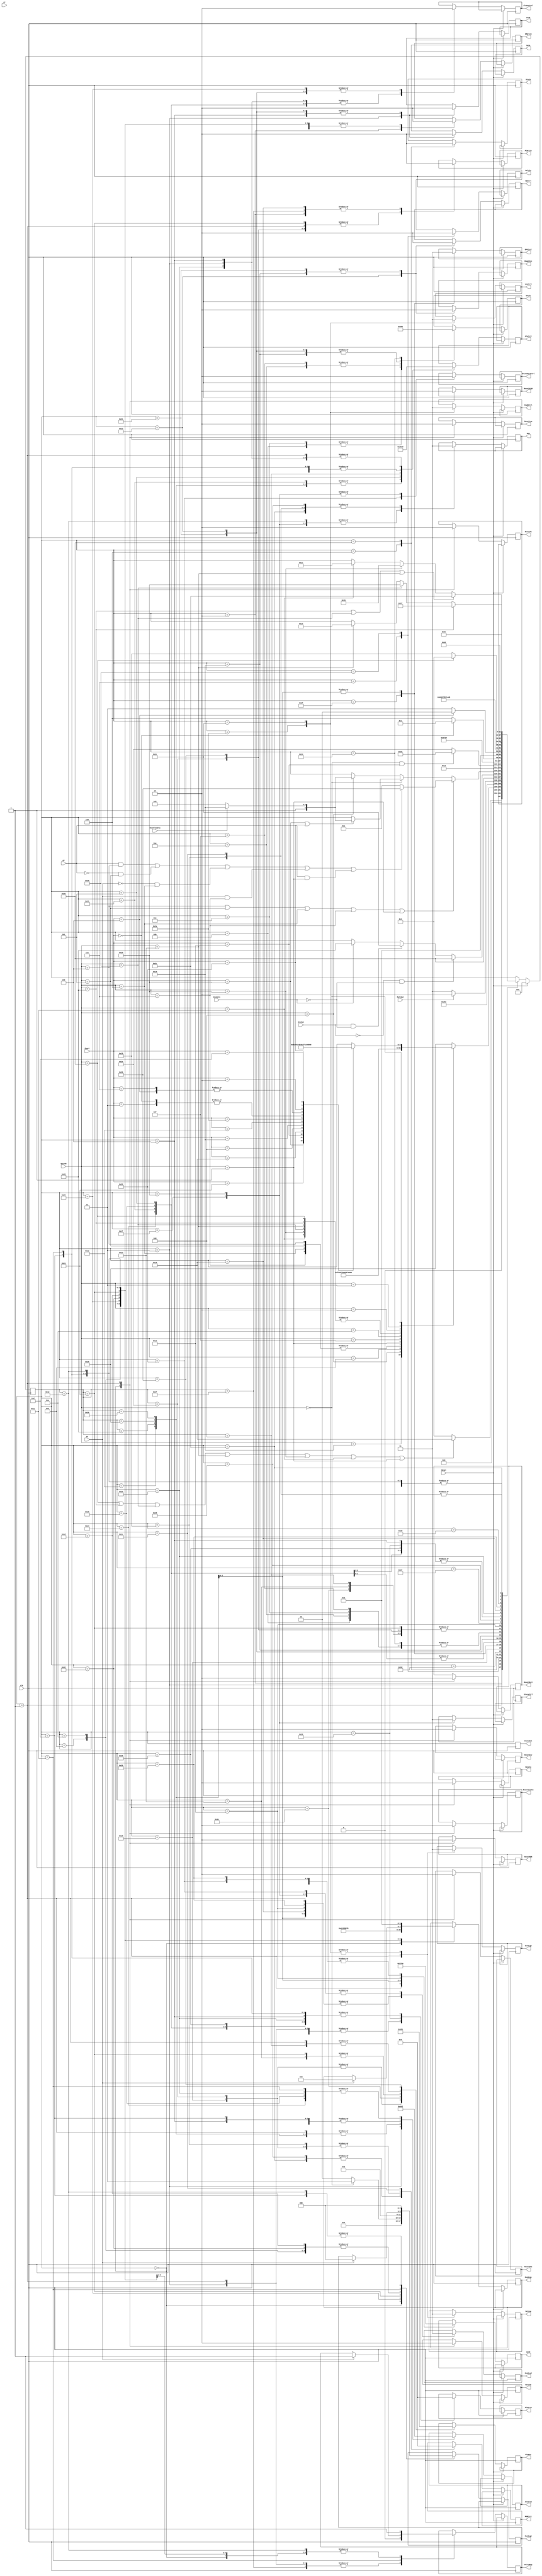
module Controle (clk, Reset, Opcode, Funct, PCWrite, IorD, StoreCtrl, WriteDataCtrl, MemRead, 
					MDRCtrl, IRWrite, MDR, MuxReg1, MuxReg2, RDCtrl, ShamtSrc, WriteReg, Shift,
					AluSrcA, AluSrcB, OverflowUla, ET, GT, LT, MultIn, MultOut, DivIn, DivOut, DivZero,
					BigMux, HighCtrl, LowCtrl, AluCtrl, AluOutCtrl, EPCCtrl, ResetPC, ResetMDR, SetA, ResetA, SetB,
					ResetB, SetHigh, ResetHigh, SetLow, ResetLow, ResetAluOut, ResetEPC, StateOut, ResetMult, ResetDiv);
					
		// sinais de entrada
		
	input clk;	
	input Reset;
	input [5:0] Opcode;
	input [5:0] Funct;
	input DivOut;
	input MultOut;
	input OverflowUla;
	input DivZero;
	input GT;
	input LT;
	input ET;
	
		//Sada auxiliar (temporaria)
	output reg [5:0] StateOut;
	
		//sinais de sada
	output reg PCWrite;
	output reg StoreCtrl;
	output reg [2:0] IorD;
	output reg WriteDataCtrl;
	output reg MemRead;
	output reg IRWrite;
	output reg [1:0] MDRCtrl;
	output reg MDR;
	output reg [2:0] MuxReg2;
	output reg [3:0] MuxReg1;
	output reg RDCtrl;
	output reg ShamtSrc;
	output reg [2:0] Shift;
	output reg WriteReg;
	output reg [1:0] AluSrcA;
	output reg [2:0] AluSrcB;
	output reg [2:0] AluCtrl;
	output reg DivIn;
	output reg MultIn;
	output reg HighCtrl;
	output reg LowCtrl;
	output reg AluOutCtrl;
	output reg EPCCtrl;
	output reg ResetPC;
	output reg ResetMDR;
	output reg SetA;
	output reg ResetA;
	output reg SetB;
	output reg ResetB;
	output reg SetHigh;
	output reg ResetHigh;
	output reg SetLow;
	output reg ResetLow;
	output reg ResetAluOut;
	output reg ResetEPC;
	output reg [2:0] BigMux;
	output reg ResetMult;
	output reg ResetDiv;
	
	
	
    // varivel interna que armazena o estado
	reg [5:0] state;
	reg contador;
	
	//Escrever no reg

	parameter NOT_LOAD = 1'b0; 
	parameter LOAD = 1'b1;
	parameter CLEAR = 1'b1;
	parameter NOT_CLEAR = 1'b0;
	
	// Ler na mem
	
	parameter READ = 1'b0;
	parameter WRITE = 1'b1;

	//IorD

	parameter IORD_PC = 3'b000;
	parameter IORD_AIMEDIATO = 3'b001;
	parameter IORD_ALUOUT = 3'b010;
	parameter IORD_OPCODEINEXISTENTE = 3'b011;
	parameter IORD_OVERFLOW = 3'b100;
	parameter IORD_DIVZERO = 3'b101;

	//WriteDataCtrl

	parameter WDC_STORE = 1'b0;
	parameter WDC_B = 1'b1;

	//MDRCtrl

	parameter MDRC_WORD = 2'b00;
	parameter MDRC_BYTE = 2'b01;
	parameter MDRC_HALF = 2'b10;

	// MuxReg2

	parameter MR2_RT = 3'b000;
	parameter MR2_31 = 3'b001;
	parameter MR2_29 = 3'b010;
	parameter MR2_RD = 3'b011;
	parameter MR2_30 = 3'b100;

	// MuxReg1

	parameter MR1_ALUOUT = 4'b0000;
	parameter MR1_HIGH = 4'b0001;
	parameter MR1_LOW = 4'b0010;
	parameter MR1_MDR = 4'b0011;
	parameter MR1_277 = 4'b0100;
	parameter MR1_RD = 4'b0101;
	parameter MR1_LT = 4'b0110;
	parameter MR1_PC = 4'b0111;
	parameter MR1_SL16 = 4'b1000;

	// RDCtrl

	parameter RDC_AIMEDIATO = 1'b1;
	parameter RDC_BIMEDIATO = 1'b0;

	// ShamtSrc

	parameter SHAMTSRC_SHAMT = 1'b0;
	parameter SHAMTSRC_BIMEDIATO = 1'b1;

	// AluSrcA

	parameter ALUSRCA_PC = 2'b00;
	parameter ALUSRCA_MDR = 2'b01;
	parameter ALUSRCA_A = 2'b10;

	// AluSrcB

	parameter ALUSRCB_B = 3'b000;
	parameter ALUSRCB_4 = 3'b001;
	parameter ALUSRCB_EXTEND = 3'b010;
	parameter ALUSRCB_SL2 = 3'b011;
	parameter ALUSRCB_RD = 3'b100;

	// HighCtrl

	parameter HIGH_MUL = 1'b0;
	parameter HIGH_DIV = 1'b1;

	// LowCtrl

	parameter LOW_MUL = 1'b0;
	parameter LOW_DIV = 1'b1;

	// BigMux

	parameter BIGMUX_MDRIMEDIATO = 3'b000;
	parameter BIGMUX_ALUOUTIMEDIATO = 3'b001;
	parameter BIGMUX_PC = 3'b010;
	parameter BIGMUX_ALUOUT = 3'b011;
	parameter BIGMUX_SL2 = 3'b100;
	parameter BIGMUX_EPC = 3'b101;
	
	// Store Ctrl
	
	parameter STORE_BYTE = 1'b0;
	parameter STORE_HALF = 1'b1;
	
	
	// Estados
	
	parameter RESET = 0;
	parameter BUSCA = 1;
	parameter WAIT = 2;
	parameter DECODIFICA = 3;
	parameter ADD = 4;
	parameter AND = 5;
	parameter DIV = 6;
	parameter MUL = 7;
	parameter JR = 8;
	parameter MFHI = 9;
	parameter MFLO = 10;
	parameter SLL = 11;
	parameter SLLV = 12;
	parameter SLT = 13;
	parameter SRA = 14;
	parameter SRAV = 15;
	parameter SRL = 16;
	parameter SUB = 17;
	parameter BREAK = 18;
	parameter RET = 19;
	parameter ADDI = 20;
	parameter ADDIU = 21;
	parameter POS_S = 23;
	parameter WAIT_MEM = 24;
	parameter BEQM = 26;
	parameter LB = 27;
	parameter LH = 28;
	parameter LUI = 29;
	parameter LW = 30;
	parameter SB = 31;
	parameter SH  = 32;
	parameter SLTI = 33;
	parameter SW = 34;
	parameter J = 35;
	parameter JAL = 36;
	parameter ARIT_NOT_OVERFLOW_I = 37;
	parameter OPCODE_INEXISTENTE = 38;
	parameter OVERFLOW = 39;
	parameter DIV_ZERO = 40;
	parameter MULT_2 = 41;
	parameter MULT_3 = 42;
	parameter DIV_2 = 43;
	parameter DIV_3 = 44;
	parameter WAIT_2 = 45;
	parameter ESCREVER_PC = 46;
	parameter ESCREVER_PC_DIV = 22;
	parameter WAIT_3 = 47;
	parameter ARIT_OVERFLOW = 48;
	parameter PRE_SLL_SRA = 49;
	parameter PRO_SHIFT = 50;
	parameter PRE_SLLV_SRAV = 51;
	parameter PRO_SRL = 52;
	parameter PRE_BRANCH = 53;
	parameter PRO_BRANCH = 54;
	parameter WAIT_4 = 55;
	parameter BEQM_2 = 56;
	parameter BEQM_3 = 57;
	parameter PRE_LS = 58;
	parameter PRO_LS = 59;
	parameter PRE_SB_SH_LW = 60;
	parameter WAIT_5 = 61;
	parameter RTE = 62;
	parameter STOPPC = 63;
	parameter WRITE_MEM = 64;
	
	
	//ALU
	
	parameter ALU_LOAD = 0;
	parameter ALU_ADD = 1;
	parameter ALU_SUB = 2;
	parameter ALU_AND = 3;
	parameter ALU_INC = 4;
	parameter ALU_NOT = 5;
	parameter ALU_XOR = 6;
	parameter ALU_COMP = 7;
	
		// Opcode:
	
	parameter OP_R = 6'h0;
	parameter OP_ADDI = 6'h8;
	parameter OP_ADDIU = 6'h9;
	parameter OP_BEQ = 6'h4;
	parameter OP_RTE = 6'h10;
	parameter OP_BNE = 6'h5;
	parameter OP_BLE = 6'h6;
	parameter OP_BGT = 6'h7;
	parameter OP_BEQM = 6'h1;
	parameter OP_LB = 6'h20;
	parameter OP_LH = 6'h21;
	parameter OP_LUI = 6'hf;
	parameter OP_LW = 6'h23;
	parameter OP_SB = 6'h28;
	parameter OP_SH = 6'h29;
	parameter OP_SLTI = 6'ha;
	parameter OP_SW = 6'h2b;
	parameter OP_J = 6'h2;
	parameter OP_JAL = 6'h3; 
			
	
	//primeiro estado da mquina de estados: Reset
    initial begin
	     state <= RESET;
	end
	
always @ (negedge clk) begin
	StateOut <= state;
	if (Reset) begin // se forcarem o reset
		state <= RESET;
	end else begin
		case(state)
		
			RESET: begin
			
			ResetPC <= CLEAR;
			ResetMDR <= CLEAR;
			ResetA <= CLEAR;
			ResetB <= CLEAR;
			ResetHigh <= CLEAR;
			ResetLow <= CLEAR;
			ResetAluOut <= CLEAR;
			ResetEPC <= CLEAR;
			ResetDiv <= CLEAR;
			ResetMult <= CLEAR;
			MuxReg2 <= MR2_29;
			MuxReg1 <= MR1_277;
			WriteReg <= LOAD;
			
				// proximo estado
			state <= BUSCA;
			
			end
			
			BUSCA: begin
			
			WriteReg <= NOT_LOAD;
			ResetPC <= NOT_CLEAR;
			ResetMDR <= NOT_CLEAR;
			ResetA <= NOT_CLEAR;
			ResetB <= NOT_CLEAR;
			ResetHigh <= NOT_CLEAR;
			ResetLow <= NOT_CLEAR;
			ResetAluOut <= NOT_CLEAR;
			ResetEPC <= NOT_CLEAR;
			ResetDiv <= NOT_CLEAR;
			ResetMult <= NOT_CLEAR;
			SetHigh <= NOT_LOAD;
			SetLow <= NOT_LOAD;
			
			MemRead <= READ;
			AluSrcA <= ALUSRCA_PC;
			AluSrcB <= ALUSRCB_4;
			AluCtrl <= ALU_ADD;
			BigMux <= BIGMUX_ALUOUTIMEDIATO;
			PCWrite <= LOAD;
			IorD <= IORD_PC;
			
				//proximo estado
			if(Opcode == 43 || Opcode == 40 || Opcode == 41 || Opcode == 35 || Opcode == 32 || Opcode == 33 || Opcode == 1) begin
				state <= WAIT_MEM;
			end else begin
				state <= WAIT;	
			end	
			
			end
			
			WAIT: begin
			
			IRWrite <= LOAD;
			PCWrite <= NOT_LOAD;
			
				// proximo estado
			state <= DECODIFICA;
	
			end
			
			DECODIFICA: begin
			
			IRWrite <= NOT_LOAD;
			AluOutCtrl <= LOAD;
			AluSrcA <= ALUSRCA_PC;
			AluSrcB <= ALUSRCB_SL2;
			WriteReg <= NOT_LOAD;
			AluCtrl <= ALU_ADD;
			SetA <= LOAD;
			SetB <= LOAD;
			
			case(Opcode)
				OP_RTE: begin
					state <= RTE;
				end
			
				OP_ADDI: begin
					state <= ADDI;
				end
				
				OP_ADDIU: begin
					state <= ADDIU;
				end
				
				OP_BEQ: begin
					state <= PRE_BRANCH;
				end
				
				OP_BNE: begin
					state <= PRE_BRANCH;
				end
				
				OP_BLE: begin
					state <= PRE_BRANCH;
				end
				
				OP_BGT: begin
					state <= PRE_BRANCH;
				end
				
				OP_BEQM: begin
					state <= BEQM;
				end
				
				OP_LB: begin
					state <= PRE_LS;
				end
				
				OP_LH: begin
					state <= PRE_LS;
				end
				
				OP_LUI: begin
					state <= LUI;
				end
				
				OP_LW: begin
					state <= PRE_LS;
				end
				
				OP_SB: begin
					state <= PRE_LS;
				end
				
				OP_SH: begin
					state <= PRE_LS;
				end
				
				OP_SLTI: begin
					state <= SLTI;
				end
				
				OP_SW: begin
					state <= PRE_LS;
				end
				
				OP_J: begin
					state <= J;
				end
				
				OP_JAL: begin
					state <= JAL;
				end
				
				OP_R: begin
					case(Funct)
						6'h20: begin
							state <= ADD;
						end
						
						6'h24: begin
							state <= AND;
						end
						
						6'h1a: begin
							state <= DIV;
						end
						
						6'h18: begin
							state <= MUL;
						end
						
						6'h8: begin
							state <= JR;
						end
						
						6'h10: begin
							state <= MFHI;
						end
						
						6'h12: begin
							state <= MFLO;
						end
						
						6'h0: begin
							state <= PRE_SLL_SRA;
						end
						
						6'h4: begin
							state <= PRE_SLLV_SRAV;
						end
						
						6'h2a: begin
							state <= SLT;
						end
						
						6'h3: begin
							state <= PRE_SLL_SRA;
						end
						
						6'h7: begin
							state <= PRE_SLLV_SRAV;
						end
						
						6'h2: begin
							state <= SRL;
						end
						
						6'h22: begin
							state <= SUB;
						end
						
						6'hd: begin
							state <= BREAK;
						end
					endcase
				end
				
				default: begin
					state <= OPCODE_INEXISTENTE;
				end
				endcase
								
			end // decodifica
			
			MFHI: begin
				IRWrite <= NOT_LOAD;
				MuxReg1 <= MR1_HIGH;
				MuxReg2 <= MR2_RD;
				WriteReg <= LOAD;
			
					//proximo estado:
				state <= BUSCA;
			end
			
			MFLO: begin
				IRWrite <= NOT_LOAD;
				MuxReg1 <= MR1_LOW;
				MuxReg2 <= MR2_RD;
				WriteReg <= LOAD;
			
					// proximo estado
				state <= BUSCA;
			end
			
			BREAK: begin
				IRWrite <= NOT_LOAD;
				AluSrcA <= ALUSRCA_PC;
				AluSrcB <= ALUSRCB_4;
				AluCtrl <= ALU_SUB;
				PCWrite <= LOAD;
			
					// proximo estado
				state <= STOPPC;
			end
			
			STOPPC: begin
				IRWrite <= NOT_LOAD;
				PCWrite <= NOT_LOAD;
				WriteReg <= NOT_LOAD;
					// proximo estado
				state <= BUSCA;
			end
			
			MUL: begin
				IRWrite <= NOT_LOAD;
				MultIn <= 1; // Fazendo um load
			
					//proximo estado:
				state <= MULT_2;
			end
			
			MULT_2: begin
				IRWrite <= NOT_LOAD;
				MultIn <= 0; // Exe
			
					//proximo estado:
					if(MultOut == 0) begin
					state <= MULT_2;
				end else begin
					state <= MULT_3;
				end
			end
			
			MULT_3: begin
				IRWrite <= NOT_LOAD;
				HighCtrl <= HIGH_MUL;
				LowCtrl <= LOW_MUL;
				SetHigh <= LOAD;
				SetLow <= LOAD;
	
					//proximo estado:
				state <= BUSCA;
			end
			
			DIV: begin
				IRWrite <= NOT_LOAD;
				DivIn <= 1;
			
					//proximo estado:
				state <= DIV_2;
			end
			
			DIV_2: begin
				IRWrite <= NOT_LOAD;
				DivIn <= 0;
			
					//proximo estado:
				if(DivOut == 0 && DivZero == 0) begin
					state <= DIV_2;
				end else if(DivOut == 1 && DivZero == 0)begin
					state <= DIV_3;
				end else if(DivZero == 1) begin
					state <= DIV_ZERO;
				end
			end
			
			DIV_3: begin
				IRWrite <= NOT_LOAD;
				HighCtrl <= HIGH_DIV;
				LowCtrl <= LOW_DIV;
				SetHigh <= LOAD;
				SetLow <= LOAD;
			
					//proximo estado:
				state <= BUSCA;
			end
			
			DIV_ZERO: begin
				IRWrite <= NOT_LOAD;
				AluSrcA <= ALUSRCA_PC;
				AluSrcB <= ALUSRCB_4;
				AluCtrl <= ALU_SUB;
				EPCCtrl <= LOAD;
				IorD <= IORD_DIVZERO;
				MemRead <= READ;
				
					//proximo estado:
				state <= WAIT_3;
			end	
			
			WAIT_2: begin
				IRWrite <= NOT_LOAD;
				
					//proximo estado:
			if(Opcode == OP_BEQ || Opcode == OP_BNE || Opcode == OP_BLE || Opcode == OP_BGT || Opcode == OP_BEQM) begin
						if((ET == 1 && Opcode == OP_BEQ) ||(ET == 0 && Opcode == OP_BNE) || 
							(GT == 0 && Opcode == OP_BLE) || (GT == 1 && Opcode == OP_BGT) || 
							(ET == 1 && Opcode == OP_BEQM)) begin
							state <= PRO_BRANCH;
						end else begin
							state <= BUSCA; 
						end
			end else if (Opcode == OP_R) begin 
					if (Funct == 6'h20 || Funct == 6'h22) begin
						if(OverflowUla == 1'b0) begin
						state <= ARIT_NOT_OVERFLOW_I;
					end else begin
						state <= ARIT_OVERFLOW;
					end	
				
					end // funct
			end else if (Opcode == OP_ADDI) begin
					if(OverflowUla == 1'b1) begin
						state <= ARIT_OVERFLOW;
					end else begin
						state <= ARIT_NOT_OVERFLOW_I;
					end
				end 
			end
			
			ESCREVER_PC_DIV: begin
				IRWrite <= NOT_LOAD;
				MDRCtrl <= MDRC_BYTE;
				BigMux <= BIGMUX_MDRIMEDIATO;
				PCWrite <= LOAD;
				
					//proximo estado:
				state <= BREAK;
			end
			
			OPCODE_INEXISTENTE: begin
				IRWrite <= NOT_LOAD;
				AluSrcA <= ALUSRCA_PC;
				AluSrcB <= ALUSRCB_4;
				AluCtrl <= ALU_SUB;
				EPCCtrl <= LOAD;
				IorD <= IORD_OPCODEINEXISTENTE;
				MemRead <= READ;
				
				//proximo estado:
				state <= WAIT_3;	
			end	
			
			WAIT_3: begin
				IRWrite <= NOT_LOAD;
				EPCCtrl <= NOT_LOAD;
				
					//proximo estado:
				if(Opcode == OP_R && Funct == 6'h1a) begin
					state <= ESCREVER_PC_DIV;
				end else begin
					state <= ESCREVER_PC;
				end
			end
			
			ESCREVER_PC: begin
				IRWrite <= NOT_LOAD;
				MDRCtrl <= MDRC_BYTE;
				BigMux <= BIGMUX_MDRIMEDIATO;
				PCWrite <= LOAD;
				
					//proximo estado:
				state <= STOPPC;
			end
			
			ADDI: begin
				IRWrite <= NOT_LOAD;
				AluOutCtrl <= LOAD;
				AluCtrl <= ALU_ADD;
				AluSrcA <= ALUSRCA_A;
				AluSrcB <= ALUSRCB_EXTEND;
				
					//proximo estado:
					state <= WAIT_2;
			end
			
			ARIT_OVERFLOW: begin
				IRWrite <= NOT_LOAD;
				AluSrcA = ALUSRCA_PC;
				AluSrcB = ALUSRCB_4;
				AluCtrl = ALU_SUB;
				EPCCtrl = LOAD;
				IorD = IORD_OVERFLOW;
				MemRead <= READ;
					
					//proximo estado
				state <= WAIT_3;
			end
			
			ARIT_NOT_OVERFLOW_I: begin
				IRWrite <= NOT_LOAD;
				AluOutCtrl <= NOT_LOAD;
				if(Opcode == OP_R) begin
				MuxReg2 <= MR2_RD;
				end else begin
				MuxReg2 <= MR2_RT;
				end
				MuxReg1 <= MR1_ALUOUT;
				WriteReg <= LOAD;
				
					// proximo estado
				state <= BUSCA;
			end
			
			ADD: begin
				IRWrite <= NOT_LOAD;
				SetA <= NOT_LOAD;
				SetB <= NOT_LOAD;
				AluOutCtrl <= LOAD;
				AluCtrl <= ALU_ADD;
				AluSrcA <= ALUSRCA_A;
				AluSrcB <= ALUSRCB_B;
				
				//proximo estado:
					state <= WAIT_2;
			end
			
			SUB: begin
				IRWrite <= NOT_LOAD;
				AluOutCtrl <= LOAD;
				AluCtrl <= ALU_SUB;
				AluSrcA <= ALUSRCA_A;
				AluSrcB <= ALUSRCB_B;
				
						//proximo estado:
					state <= WAIT_2;
			end
			
			ADDIU: begin
				IRWrite <= NOT_LOAD;
				AluOutCtrl <= LOAD;
				AluCtrl <= ALU_ADD;
				AluSrcA <= ALUSRCA_A;
				AluSrcB <= ALUSRCB_EXTEND;
				
						//proximo estado:
					state <= ARIT_NOT_OVERFLOW_I;
			end
			
			AND: begin
				IRWrite <= NOT_LOAD;
				AluOutCtrl <= LOAD;
				AluCtrl <= ALU_AND;
				AluSrcA <= ALUSRCA_A;
				AluSrcB <= ALUSRCB_B;
				
						//proximo estado:
					state <= ARIT_NOT_OVERFLOW_I;
			end
			
			PRE_SLL_SRA: begin
				IRWrite <= NOT_LOAD;
				SetA <= NOT_LOAD;
				SetB <= NOT_LOAD;
				AluOutCtrl <= NOT_LOAD;
				RDCtrl <= RDC_BIMEDIATO;
				ShamtSrc <= SHAMTSRC_SHAMT;
				Shift <= 3'b001; // load
				
						//proximo estado:
					if(Funct == 3'h0) begin
						state <= SLL;
					end else begin
						state <= SRA;
					end
			end
			
			SLL: begin
				IRWrite <= NOT_LOAD;
				Shift <= 3'b010;
				
					// proximo estado
				state <= PRO_SHIFT; 
			end
			
			SRA: begin
				IRWrite <= NOT_LOAD;
				Shift <= 3'b100;
				
					// proximo estado
				state <= PRO_SHIFT; 
			end
			
			PRO_SHIFT: begin
				IRWrite <= NOT_LOAD;
				WriteReg = LOAD;
				MuxReg1 = MR1_RD;
				MuxReg2 = MR2_RD;
			
					// proximo estado
				state <= BUSCA; 
			end
			
			PRE_SLLV_SRAV: begin
				IRWrite <= NOT_LOAD;
				SetA <= NOT_LOAD;
				SetB <= NOT_LOAD;
				AluOutCtrl <= NOT_LOAD;
				RDCtrl <= RDC_AIMEDIATO;
				ShamtSrc <= SHAMTSRC_BIMEDIATO;
				Shift <= 3'b001; // load
				
						//proximo estado:
					if(Funct == 3'h4) begin
						state <= SLLV;
					end else begin
						state <= SRAV;
					end
			end
			
			SLLV: begin
				IRWrite <= NOT_LOAD;
				Shift <= 3'b010;
				
					// proximo estado
				state <= PRO_SHIFT; 
			end
			
			SRAV: begin
				IRWrite <= NOT_LOAD;
				Shift <= 3'b100;
				
					// proximo estado
				state <= PRO_SHIFT; 
			end
			
			SRL: begin
				IRWrite <= NOT_LOAD;
				RDCtrl <= RDC_BIMEDIATO;
				ShamtSrc <= SHAMTSRC_SHAMT;
				Shift <= 3'b001; // load
				
					// proximo estado
				state <= PRO_SRL;
			end
			
			PRO_SRL: begin
				IRWrite <= NOT_LOAD;
				Shift <= 3'b011;
			
					// proximo estado
				state <= PRO_SHIFT; 
			end
			
			LUI: begin
				IRWrite <= NOT_LOAD;
				MuxReg1 <= MR1_SL16;
				MuxReg2 <= MR2_RT;
				WriteReg = LOAD;
			
					// proximo estado
				state <= BUSCA; 
			end 
			
			RTE: begin
				IRWrite <= NOT_LOAD;
				BigMux <= BIGMUX_EPC;
				PCWrite <= LOAD;
			
					// proximo estado
				state <= STOPPC; 
			end 
			
			J: begin
				IRWrite <= NOT_LOAD;
				BigMux <= BIGMUX_SL2;
				PCWrite <= LOAD;
			
					// proximo estado
				state <= STOPPC; 
			end 
			
			JAL: begin
				IRWrite <= NOT_LOAD;
				MuxReg1 <= MR1_PC;
				MuxReg2 <= MR2_31;
				BigMux <= BIGMUX_SL2;
				PCWrite <= LOAD;
				WriteReg <= LOAD;
			
					// proximo estado
				state <= STOPPC; 
			end
			
			JR: begin
				IRWrite <= NOT_LOAD;
				AluCtrl <= ALU_LOAD;
				BigMux <= BIGMUX_ALUOUTIMEDIATO;
				PCWrite <= LOAD;
				AluSrcA <= ALUSRCA_A;
			
					// proximo estado
				state <= STOPPC; 
			end
			
			SLT: begin
				IRWrite <= NOT_LOAD;
				WriteReg <= LOAD;
				AluCtrl <= ALU_COMP;
				AluSrcA <= ALUSRCA_A;
				AluSrcB <= ALUSRCB_B;
				MuxReg1 <= MR1_LT;
				MuxReg2 <= MR2_RD;
			
					// proximo estado
				state <= BUSCA; 
			end
			
			SLTI: begin
				IRWrite <= NOT_LOAD;
				AluCtrl <= ALU_COMP;
				AluSrcA <= ALUSRCA_A;
				AluSrcB <= ALUSRCB_EXTEND;
				if (GT == 1)begin
					WriteReg <= LOAD;
					MuxReg1 <= MR1_LT;
					MuxReg2 <= MR2_RT;
				end
					// proximo estado
				state <= BUSCA; 
			end

			PRE_BRANCH: begin
				IRWrite <= NOT_LOAD;
				AluOutCtrl <= NOT_LOAD;
				AluSrcA <= ALUSRCA_A;
				AluSrcB <= ALUSRCB_B;
				AluCtrl <= ALU_COMP;
			
					// proximo estado
						state <= WAIT_2;
					
			end

			PRO_BRANCH: begin
				IRWrite <= NOT_LOAD;
				AluOutCtrl <= NOT_LOAD;
				BigMux <= BIGMUX_ALUOUT;
				PCWrite <= LOAD;
				
					// proximo estado
				state <= STOPPC;
			end
			
			BEQM: begin
				IRWrite <= NOT_LOAD;
				IorD <= IORD_AIMEDIATO;
				MemRead <= READ;
				AluOutCtrl <= NOT_LOAD;
				
					// proximo estado
				state <= WAIT_4;
			end
			
			WAIT_4: begin
				IRWrite <= NOT_LOAD;
				AluOutCtrl <= NOT_LOAD;
		
					// proximo estado
				state <= BEQM_2;
			end
			
			BEQM_2: begin
				IRWrite <= NOT_LOAD;
				MDRCtrl <= MDRC_WORD;
				MDR <= LOAD;
				AluOutCtrl <= NOT_LOAD;
		
					// proximo estado
				state <= BEQM_3;
			end
			
			BEQM_3: begin
				IRWrite <= NOT_LOAD;
				AluSrcA <= ALUSRCA_MDR;
				AluSrcB <= ALUSRCB_B;
				AluCtrl <= ALU_COMP;
				AluOutCtrl <= NOT_LOAD;
		
					// proximo estado
				state <= WAIT_2;
			end
			
			PRE_LS: begin
				IRWrite <= NOT_LOAD;
				AluSrcA <= ALUSRCA_A;
				AluSrcB <= ALUSRCB_EXTEND;
				AluCtrl <= ALU_ADD;
				AluOutCtrl <= LOAD;
		
					// proximo estado
					if(Opcode == OP_SW) begin
						state <= SW;
				end else begin
						state <= PRO_LS;
				end
			end
			
			SW: begin
				IRWrite <= NOT_LOAD;
				AluOutCtrl <= NOT_LOAD;
				IorD <= IORD_ALUOUT;
				WriteDataCtrl <= WDC_B;
				MemRead <= WRITE;
					// proximo estado
				state <= BUSCA;
			end
			
			WAIT_MEM: begin
				IRWrite <= NOT_LOAD;
				PCWrite <= NOT_LOAD;
				MemRead <= READ;
					// proximo estado
				state <= WAIT;
			end
			
			PRO_LS: begin
				IRWrite <= NOT_LOAD;
				AluOutCtrl <= NOT_LOAD;
				IorD <= IORD_ALUOUT;
				MemRead <= READ;
				
					// proximo estado
				state <= WAIT_5;
			end
			
			WAIT_5: begin
				IRWrite <= NOT_LOAD;
						// proximo estado
					if(Opcode == OP_SB || Opcode == OP_SH || Opcode == OP_LW) begin
						state <= PRE_SB_SH_LW;
					end else if (Opcode == OP_LB) begin
						state <= LB;
					end else if (Opcode == OP_LH) begin
						state <= LH;
					end
			end
			
			PRE_SB_SH_LW: begin
				IRWrite <= NOT_LOAD;
				MDRCtrl <= MDRC_WORD;
				MDR <= LOAD;
				
					// proximo estado
				if(Opcode == OP_SB) begin
					state <= SB;
				end else if (Opcode == OP_SH) begin
					state <= SH;
				end else if (Opcode == OP_LW) begin
					state <= LW;
				end				
			end

			SB: begin
				IRWrite <= NOT_LOAD;
				IorD <= IORD_ALUOUT;
				MDR <= NOT_LOAD;
				StoreCtrl <= STORE_BYTE;
				WriteDataCtrl <= WDC_STORE;
				MemRead <= WRITE;
				
					// proximo estado
				state <= BUSCA;
			end
			
			WRITE_MEM: begin
				IRWrite <= NOT_LOAD;
				MemRead <= WRITE;
					// proximo estado
				state <= BUSCA;
			end
			
			SH: begin
				IRWrite <= NOT_LOAD;
				IorD <= IORD_ALUOUT;
				MDR <= NOT_LOAD;
				StoreCtrl <= STORE_HALF;
				WriteDataCtrl <= WDC_STORE;
				MemRead <= WRITE;
				
					// proximo estado
				state <= BUSCA;
			end
			
			LW: begin
				IRWrite <= NOT_LOAD;
				MDR <= NOT_LOAD;
				MuxReg1 <= MR1_MDR;
				MuxReg2 <= MR2_RT;
				WriteReg <= LOAD;
				
					// proximo estado
				state <= BUSCA;
			end
			
			LB: begin
				IRWrite <= NOT_LOAD;
				MDRCtrl <= MDRC_BYTE;
				MDR <= LOAD;
				
					// proximo estado
				state <= LW;
			end
			
			LH: begin
				IRWrite <= NOT_LOAD;
				MDRCtrl <= MDRC_HALF;
				MDR <= LOAD;
				
					// proximo estado
				state <= LW;
			end
			

		endcase
	end // qnd n eh reset
end // always
	
endmodule